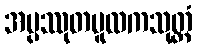
အပ္ပဿုတမူလကသုတ္တံ